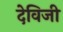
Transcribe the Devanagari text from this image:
देविजी